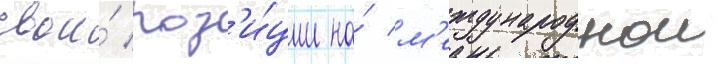
свои́ поз'и́ции на́ м'еждународнои